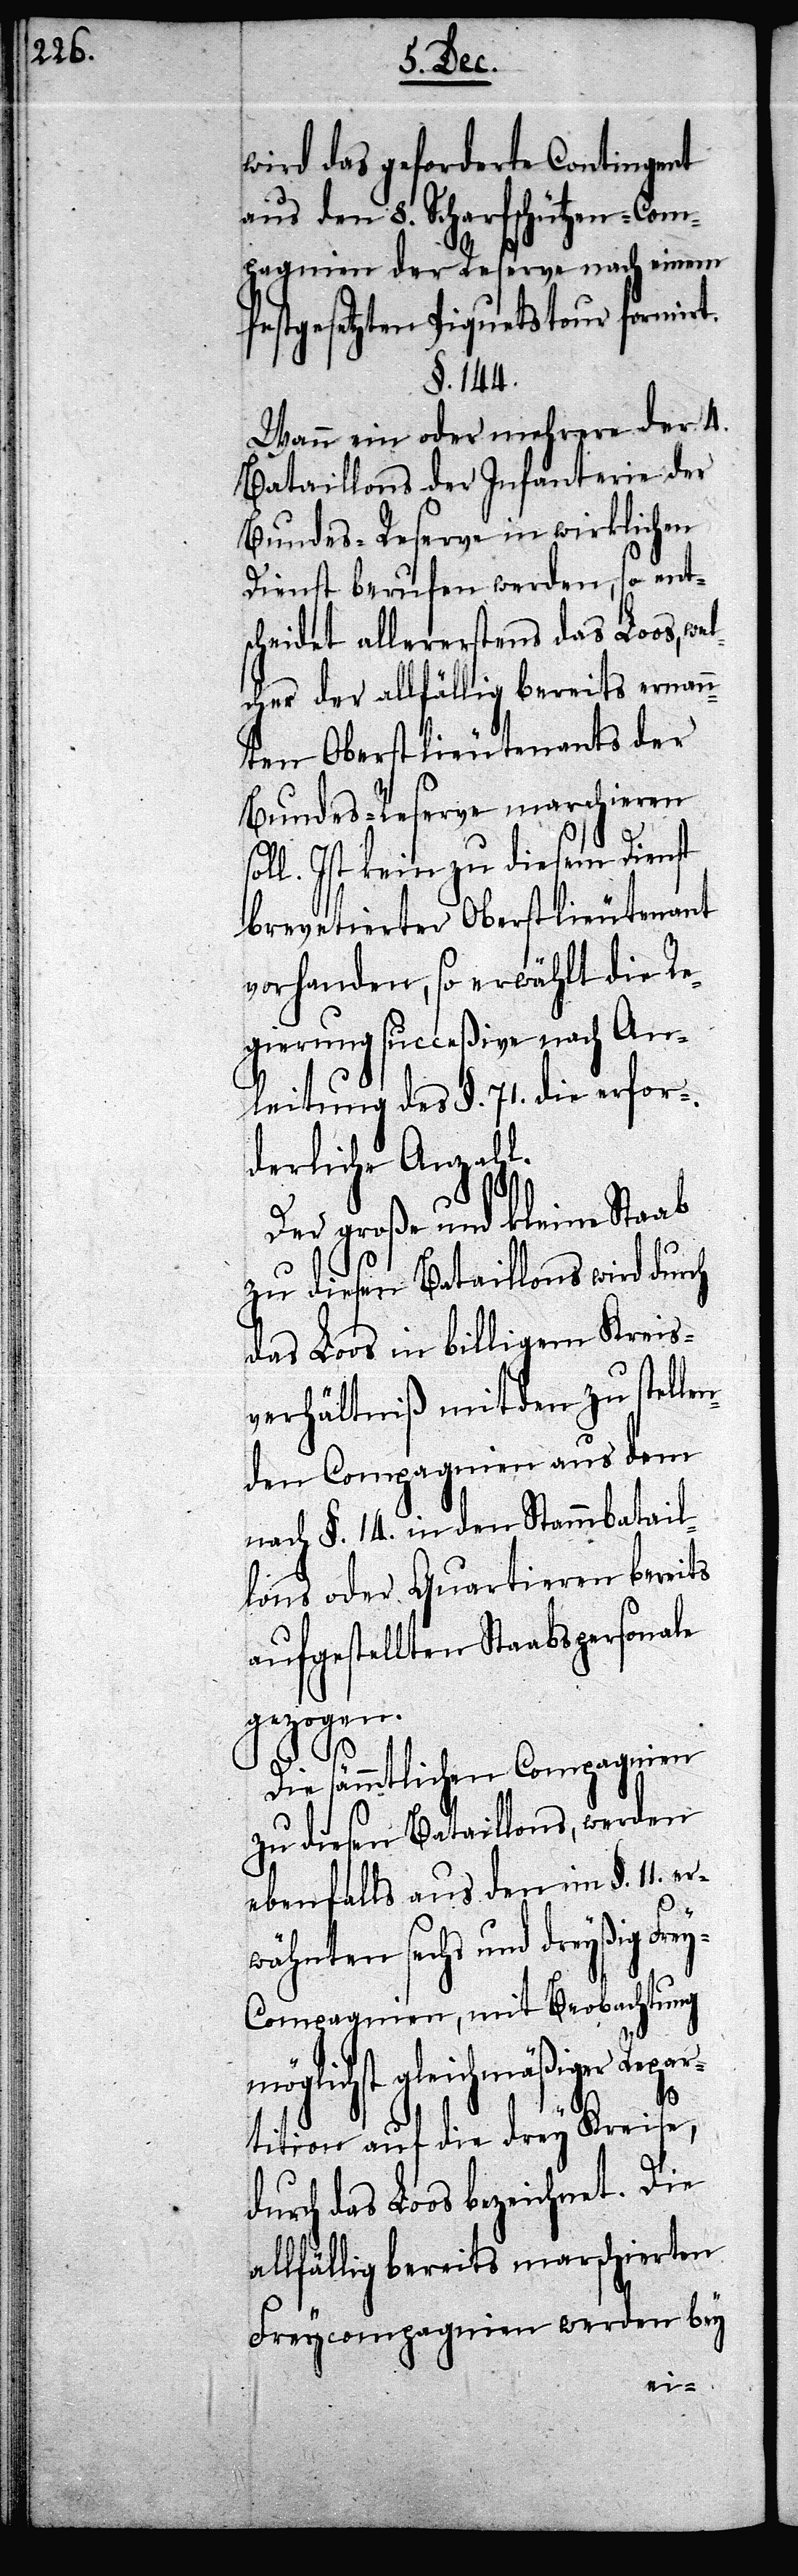
wird das geforderte Contingent
aus den 8. Scharfschützen-Com¬
pagnien der Reserve nach einem
festgesetzten Piquetstour formi¬
§. 144.
Wann ein oder mehrere der 4.
Bataillons der Infanterie der
Bundes-Reserve in wirklichen
Dienst berufen werden, so ents¬
cheidet allererstens das Loos, we¬
lcher der allfällig bereits ernann¬
ten Oberstlieutenants der
Bundes-Reserve marschieren
soll. Ist kein zu diesem Dienst
brevetierter Oberstlieutenant
vorhanden, so erwählt die Re¬
gierung succeßive nach An¬
leitung des §. 71. die erfor¬
derliche Anzahl.
Der große und kleine Staab
zu diesen Bataillons wird durch
das Loos in billigem Kreis¬
verhältniß mit den zu stelle¬
nden Compagnien aus dem
nach §. 14. in den Stammbatail¬
lons oder Quartieren bereits
aufgestellten Staabspersonale
y-C¬
Die sämmtlichen Compagnien
zu diesen Bataillons, werden
ebenfalls aus den im §. 11. e¬
rwähnten sechs und dreyßig Fre¬
ompagnien, mit Beobachtung
möglichst gleichmäßiger Repar¬
tition auf die drey Kreise,
durch das Loos bezeichnet. Die
allfällig bereits marschierten
Freycompagnien werden bey